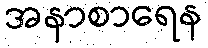
အနာစာရေန